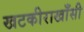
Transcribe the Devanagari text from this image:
खटकीराखाँसी